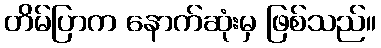
တိမ်ပြာက နောက်ဆုံးမှ ဖြစ်သည်။